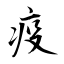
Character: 疫